Indian journal of veterinary science and animal husbandry - Volume 5,
Year: 1935
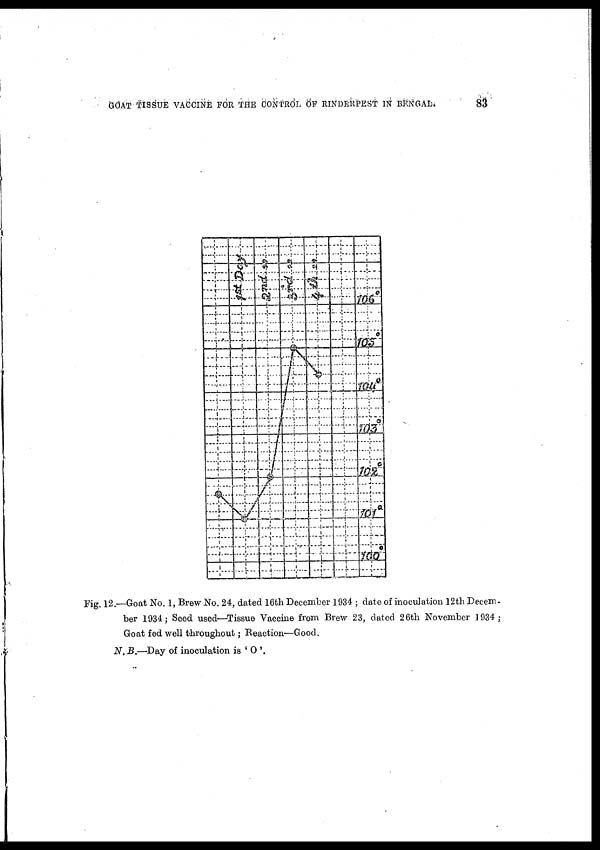
GOAT TISSUE VACCINE FOR THE CONTROL OF RINDERPEST IN
BENGAL.
83
Fig. 12.—Goat No. 1, Brew No. 24, dated 16th December 1934 ; date of inoculation 12th Decem-
ber 1934 ; Seed used—Tissue Vaccine from Brew 23, dated 26th November 1934 ;
Goat fed well throughout; Reaction—Good.
N. B.—Day of inoculation is ' O '.